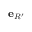
{ \bf e } _ { R ^ { \prime } }